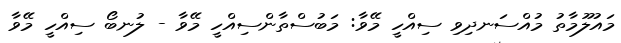
މައުލޫމާތު މުއްސަނދިވި ސިއްހީ މޭވާ: މަބުސްތާންސިއްހީ މޭވާ - ލުނބޯ ސިއްހީ މޭވާ